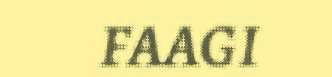
FAAGI